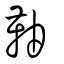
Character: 䩜